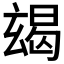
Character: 𤣨